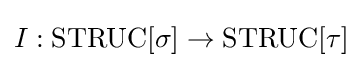
I:{\mbox{STRUC}}[\sigma ]\to {\mbox{STRUC}}[\tau ]